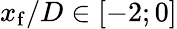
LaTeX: x_{\mathrm{f}}/D\in[-2;0]